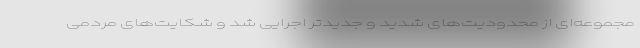
مجموعه‌ای از محدودیت‌های شدید و جدیدتر اجرایی شد و شکایت‌های مردمی